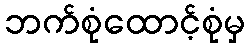
ဘက်စုံထောင့်စုံမှ